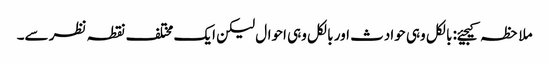
ملاحظہ کیجیئے: بالکل وہی حوادث اور بالکل وہی احوال لیکن ایک مختلف نقطہ نظر سے۔